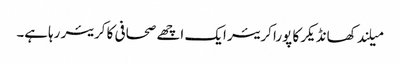
میلند کھانڈیکر کا پورا کریئر ایک اچھے صحافی کا کریئر رہاہے۔